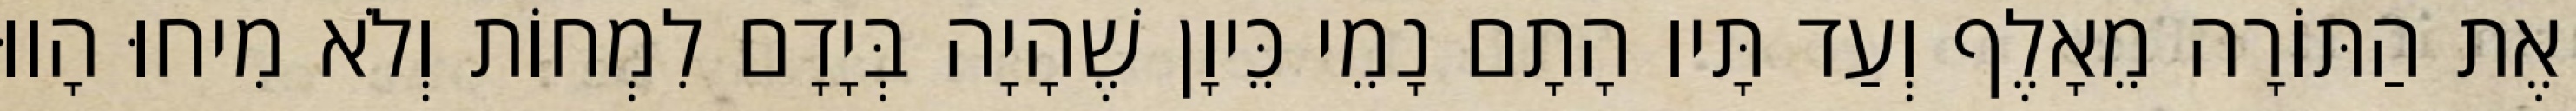
אֶת הַתּוֹרָה מֵאָלֶף וְעַד תָּיו הָתָם נָמֵי כֵּיוָן שֶׁהָיָה בְּיָדָם לִמְחוֹת וְלֹא מִיחוּ הָווּ